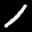
Label: 1